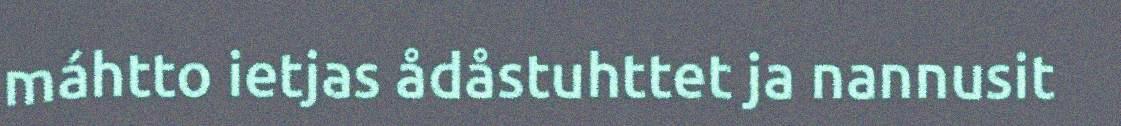
máhtto ietjas ådåstuhttet ja nannusit